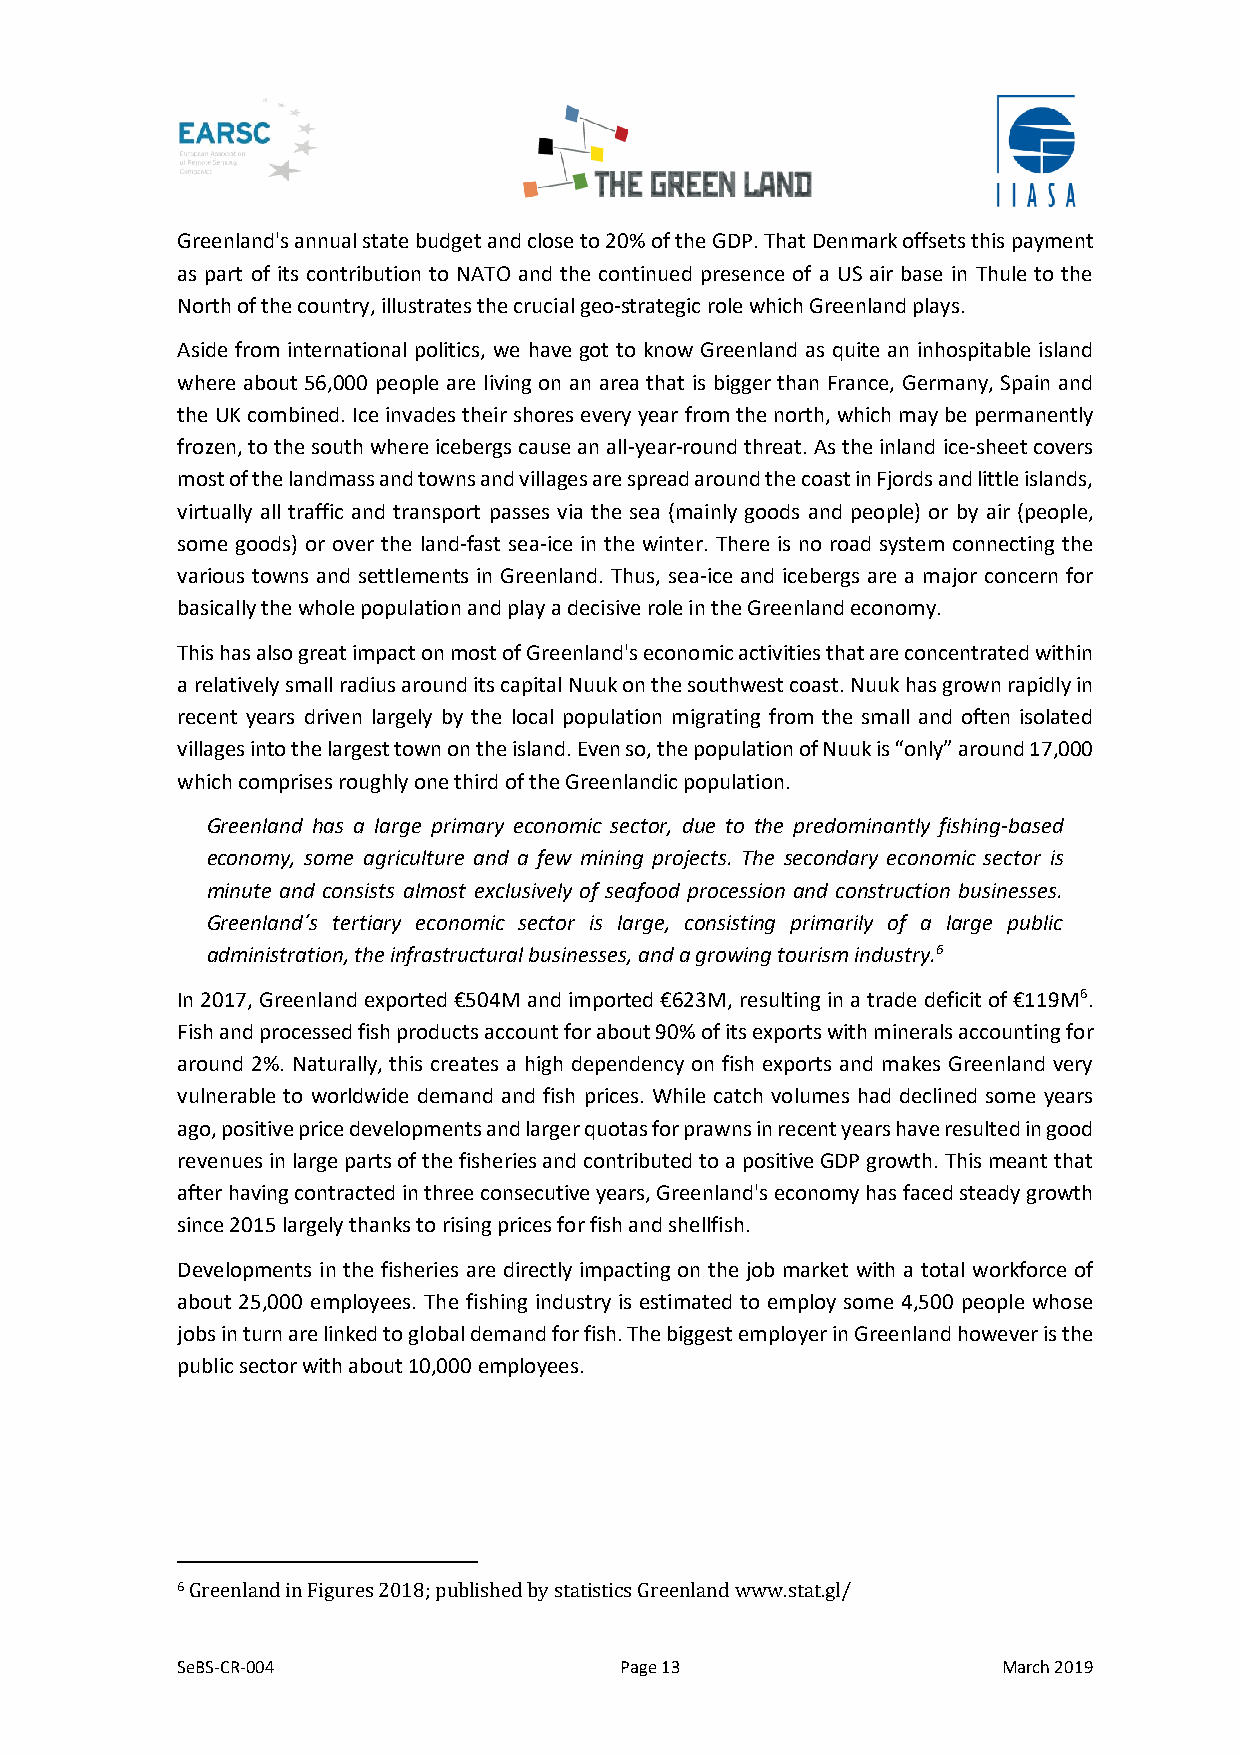
Greenland's annual state budget and close to 20% of the GDP. That Denmark offsets this payment
 as part of its contribution to NATO and the continued presence of a US air base in Thule to the
 North of the country, illustrates the crucial geo-strategic role which Greenland plays.
 Aside from international politics, we have got to know Greenland as quite an inhospitable island
 where about 56,000 people are living on an area that is bigger than France, Germany, Spain and
 the UK combined. Ice invades their shores every year from the north, which may be permanently
 frozen, to the south where icebergs cause an all-year-round threat. As the inland ice-sheet covers
 most of the landmass and towns and villages are spread around the coast in Fjords and little islands,
 virtually all traffic and transport passes via the sea (mainly goods and people) or by air (people,
 some goods) or over the land-fast sea-ice in the winter. There is no road system connecting the
 various towns and settlements in Greenland. Thus, sea-ice and icebergs are a major concern for
 basically the whole population and play a decisive role in the Greenland economy.
 This has also great impact on most of Greenland's economic activities that are concentrated within
 a relatively small radius around its capital Nuuk on the southwest coast. Nuuk has grown rapidly in
 recent years driven largely by the local population migrating from the small and often isolated
 villages into the largest town on the island. Even so, the population of Nuuk is “only” around 17,000
 which comprises roughly one third of the Greenlandic population.
 Greenland has a large primary economic sector, due to the predominantly fishing-based
 economy, some agriculture and a few mining projects. The secondary economic sector is
 minute and consists almost exclusively of seafood procession and construction businesses.
 Greenland´s tertiary economic sector is large, consisting primarily of a large public
 administration, the infrastructural businesses, and a growing tourism industry.6
 In 2017, Greenland exported €504M and imported €623M, resulting in a trade deficit of €119M6.
 Fish and processed fish products account for about 90% of its exports with minerals accounting for
 around 2%. Naturally, this creates a high dependency on fish exports and makes Greenland very
 vulnerable to worldwide demand and fish prices. While catch volumes had declined some years
 ago, positive price developments and larger quotas for prawns in recent years have resulted in good
 revenues in large parts of the fisheries and contributed to a positive GDP growth. This meant that
 after having contracted in three consecutive years, Greenland's economy has faced steady growth
 since 2015 largely thanks to rising prices for fish and shellfish.
 Developments in the fisheries are directly impacting on the job market with a total workforce of
 about 25,000 employees. The fishing industry is estimated to employ some 4,500 people whose
 jobs in turn are linked to global demand for fish. The biggest employer in Greenland however is the
 public sector with about 10,000 employees.
 6 Greenland in Figures 2018; published by statistics Greenland www.stat.gl/
 SeBS-CR-004                  Page 13                  March 2019